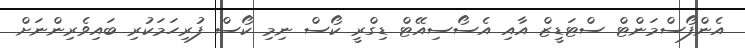
އެންފޯސްމަންޓް ސްޓަޑީޒް އާއި އެސޯސިއޭޓް ޑިގްރީ ކޯސް ނިމި ކޯސް ފުރިހަމަކުރި ބައިވެރިންނަށް